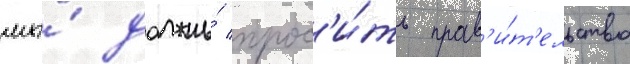
мы́ должны́ прос'и́ть прав'и́т'ельство